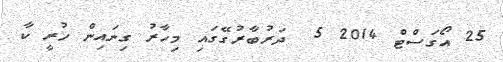
25 އޯގަސްޓް 2014 5  ދަރުބާރުގޭގައި މިހާރު ގިނައިން ހުރީ ކާ